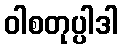
ဝါစတုပ္ပါဒါ